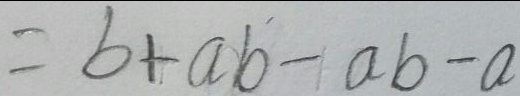
= b + a b - a b - a